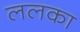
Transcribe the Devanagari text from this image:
ललका